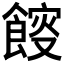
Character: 𩜯